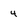
Character: 4